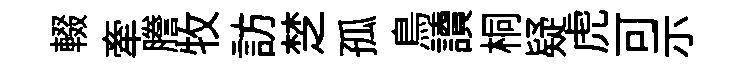
輟牽謄牧訪椘孤鳥讀桐疑虎可示